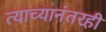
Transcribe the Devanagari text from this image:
त्याच्यानंतरही